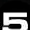
Digit: 5